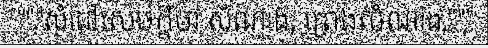
"""សំដៅសេចក្តីថា សំណាង, ព្រេងសំណាង,"""